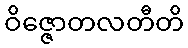
ဝိဇ္ဇောတလတီတိ